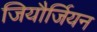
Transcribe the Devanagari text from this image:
जियौर्जियन